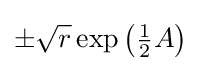
\pm {\sqrt {r}}\exp \left({\tfrac {1}{2}}A\right)